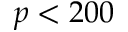
p < 2 0 0